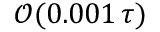
\mathcal { O } ( 0 . 0 0 1 \, \tau )